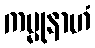
ကမ္မုနာဟံ